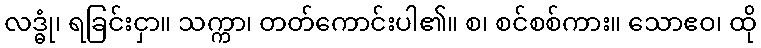
လဒ္ဓုံ၊ ရခြင်းငှာ။ သက္ကာ၊ တတ်ကောင်းပါ၏။ စ၊ စင်စစ်ကား။ သောဧဝ၊ ထို